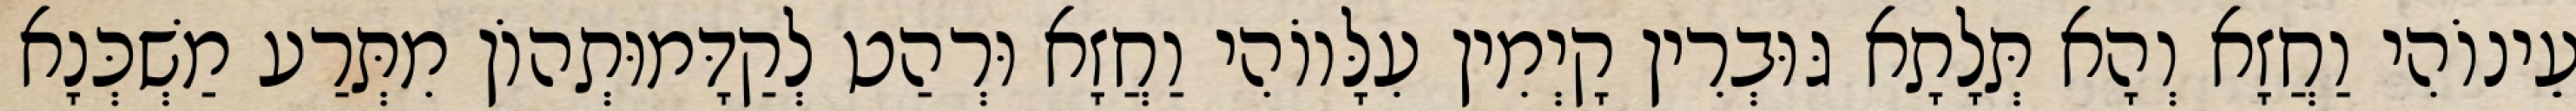
עֵינוֹהִי וַחֲזָא וְהָא תְּלָתָא גּוּבְרִין קָיְמִין עִלָּווֹהִי וַחֲזָא וּרְהַט לְקַדָּמוּתְהוֹן מִתְּרַע מַשְׁכְּנָא